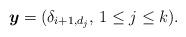
LaTeX: \begin{gather*}{\boldsymbol{y}}= ( \delta_{i+1,d_{j}},\, 1 \le j \le k).\end{gather*}